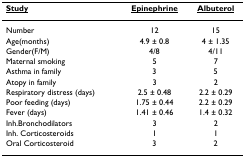
| <underline>Study</underline> | <underline>Epinephrine</underline> | <underline>Albuterol</underline> |
 | --- | --- | --- |
 | Number | 12 | 15 |
 | Age(months) | 4.9 ± 0.8 | 4 ± 1.35 |
 | Gender(F/M) | 4/8 | 4/11 |
 | Maternal smoking | 5 | 7 |
 | Asthma in family | 3 | 5 |
 | Atopy in family | 3 | 2 |
 | Respiratory distress (days) | 2.5 ± 0.48 | 2.2 ± 0.29 |
 | Poor feeding (days) | 1.75 ± 0.44 | 2.2 ± 0.29 |
 | Fever (days) | 1.41 ± 0.46 | 1.4 ± 0.32 |
 | Inh.Bronchodilators | 3 | 2 |
 | Inh. Corticosteroids | 1 | 1 |
 | Oral Corticosteroid | 3 | 2 |